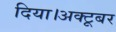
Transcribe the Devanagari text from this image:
दिया।अक्टूबर